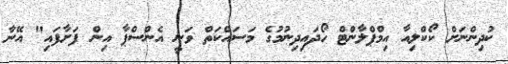
ކުދިންނަށް ކޯކްލިއާ އިމްޕްލާންޓް ހޯދައިދިނުމުގެ މަސައްކަތް ވަނީ އެންސްޕާ އިން ފަށާފައި" އޭނާ